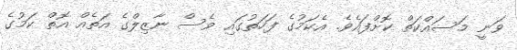
ވަނީ މަސައްކަތް ކޮށްފައެވެ. އެކަމުގެ ފަހަތުގައި ވެސް ނާޒިލްގެ އަތެއް އޮތް ކަމުގެ